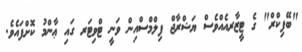
"ބޭފިކްރް" ގެ ޓީޒާރއެއްވެސް ޔަޝްރާޖް ފިލްމްސްއިން ވަނީ ޓްވިޓަރ ގައި ޢާންމު ކޮށްފައެވެ.